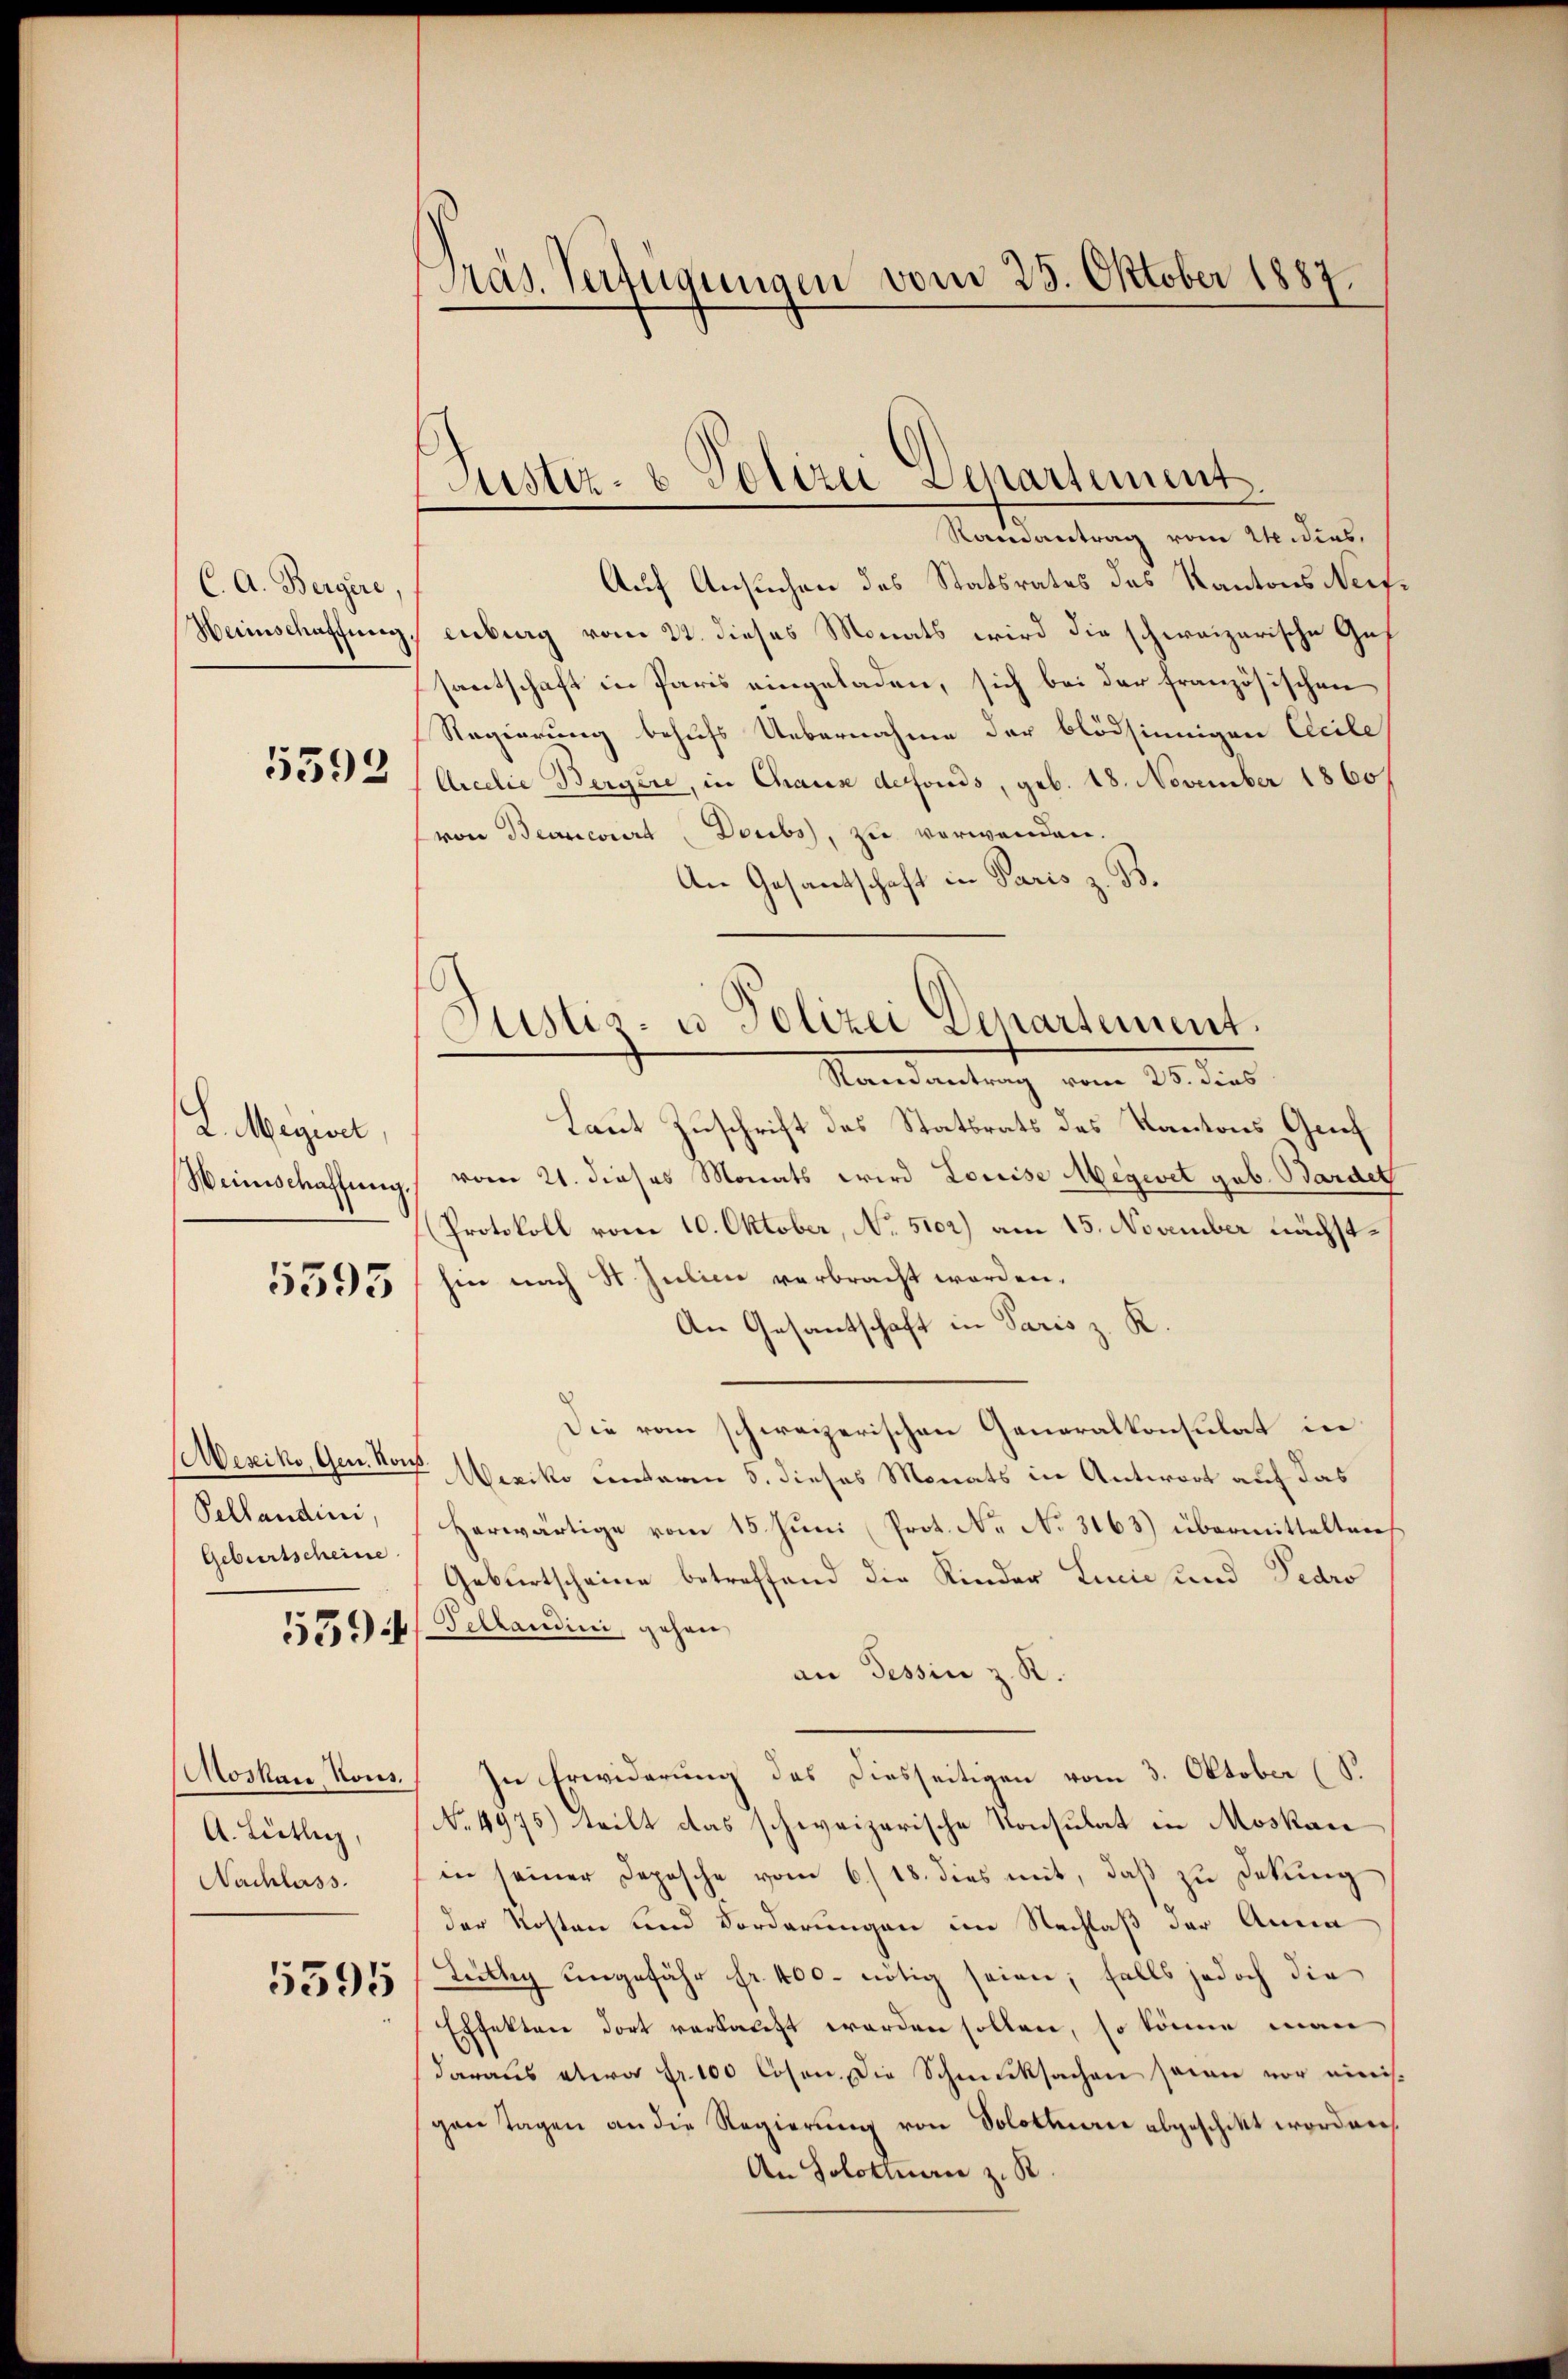
C. A. Bergere,
Herinschaffnen,

5392

L. Megesel
Weinschaffung.

5595

Mexiko, Gen. Kons
Pellandini,
Geburtscheine

5394

Moskau Kons.
A. Lütlich,
Nachlass.

5595

Präs. Verfügungen vom 25. Oktober 1887.

Justiz- & Polizei Separtement.
Randantrag vom 21 dies,

Auf Ansuchen des Statsrates des Kantons Neifenburg vom 22. dieses Monats wird die schweizerische Gef
santschaft in Paris eingeladen, sich bei der französischen
Regierung behufs Uebernahme der blödsinnigen Cecile
Arcdie Bergere, in Chause defonds, geb. 18. November 1860
von Beanciert Doubs, zu verwenden.
An Gesantschaft in Paris z. B.

Justiz- u. Polizei Departement.
Randantrag vom 25. dies

Laut Zuschrift des Statsrats des Kantons Gref
vom 21. dieses Monats wird Louise Megevet geb. Bardel
Protokoll vom 10. Oktober, No. 5102) am 15. November nächsthin nach St. Julii verbracht worden.
An Gesantschaft in Paris z. K
Die rom schweizerischen Generalkonsulat in
Mexiko unterm 5. dieses Monats in Antwort auf das
Herwärtige vom 15. Juni (Prot. N. No. 3163) übermittelten
Geburtscheine betreffend die Kinder Linie und Fedro
Pellandini, gehen
an Tessin z. R.
In Erwiderung des Diesseitigen vom 3. Oktober (S.
No. 4975) teilt das schweizerische Konsulat in Moskau
in seiner Depesche vom 6./18. dies mit, daß zu Sekung
der Kosten und Forderungen im Nachlaß der Anna
Lüthy ungefähr fr. 400. nötig seien; falls jedoch die
Effekten dort verkauft worden sollen, so könne man
daraus etwa Fr. 100 lösen. Die Schmucksachen sein vor einis
gen Tagen an die Regierŭng von Solothurer abgeschikt worden
An Solotteren z. B.